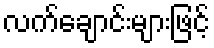
လက်ချောင်းများဖြင့်